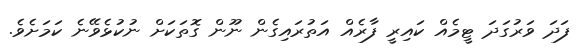
ފަދަ ވަރުގަދަ ޓީމެއް ކައިރީ ފާރެއް އަތުރައިގެން ނޫން ގޮތަކަށް ނުކުޅެވޭނެ ކަމަށެވެ.